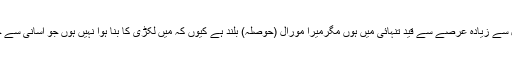
’’میں ایک سال سے زیادہ عرصے سے قید تنہائی میں ہوں مگرمیرا مورال (حوصلہ) بلند ہے کیوں کہ میں لکڑی کا بنا ہوا نہیں ہوں جو آسانی سے جل جاتی ہے‘‘۔